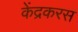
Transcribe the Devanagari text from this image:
केंद्रकरस